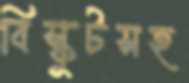
বিস্কুটসহ